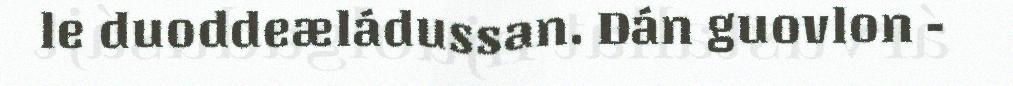
le duoddeæládussan. Dán guovlon -